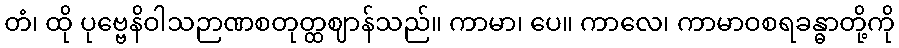
တံ၊ ထို ပုဗ္ဗေနိဝါသဉာဏစတုတ္ထဈာန်သည်။ ကာမာ၊ ပေ။ ကာလေ၊ ကာမာဝစရခန္ဓာတို့ကို